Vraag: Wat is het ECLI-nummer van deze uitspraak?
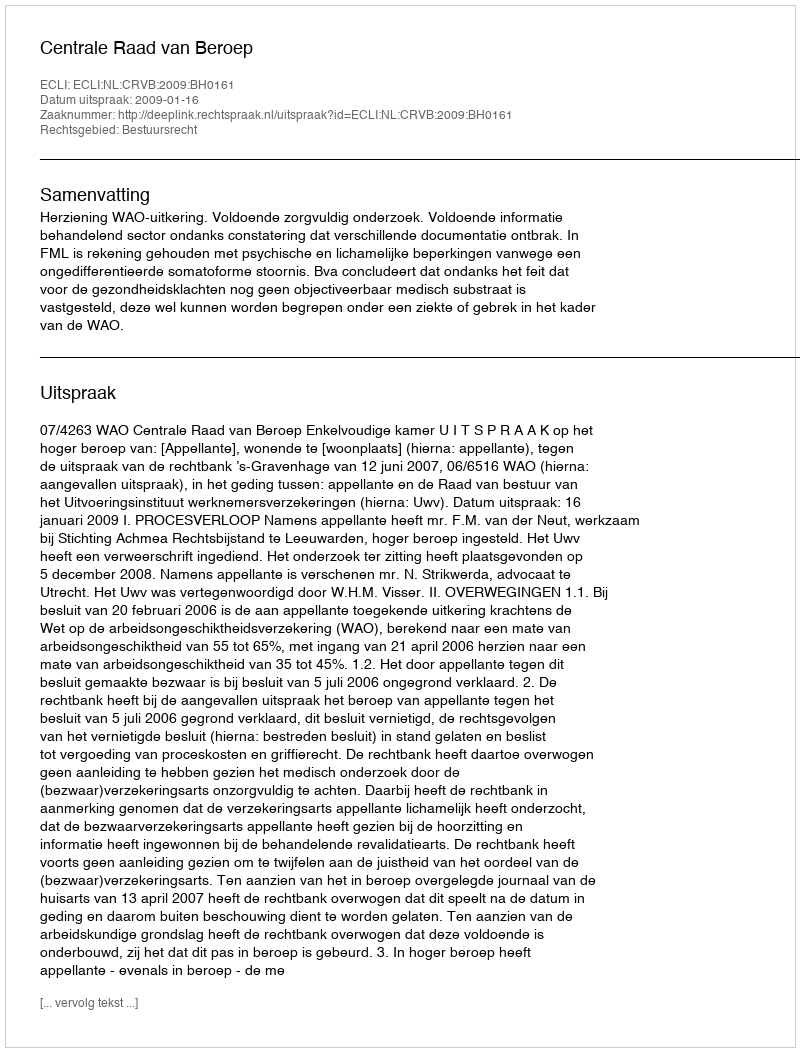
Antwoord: ECLI:NL:CRVB:2009:BH0161